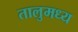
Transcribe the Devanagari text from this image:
तालुमध्य